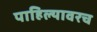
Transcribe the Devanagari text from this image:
पाहिल्यावरच